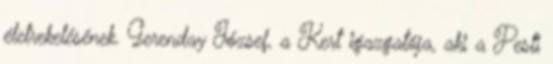
életrekelésének. Gerenday József, a Kert igazgatója, aki a Pesti